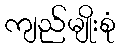
ကျည်မျိုးစုံ